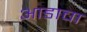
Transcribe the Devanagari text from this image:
आडाचा